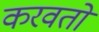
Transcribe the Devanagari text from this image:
करवतो